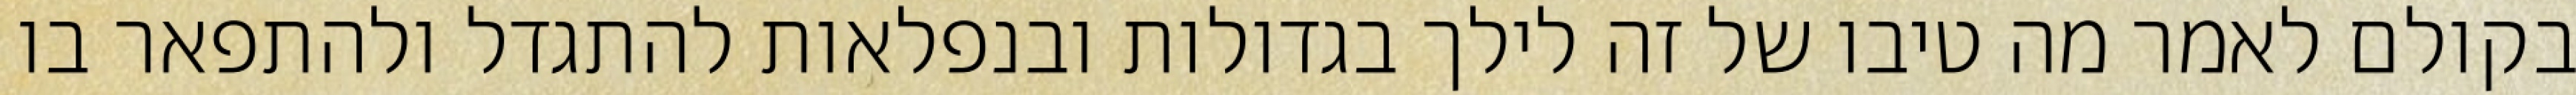
בקולם לאמר מה טיבו של זה לילך בגדולות ובנפלאות להתגדל ולהתפאר בו